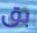
بق